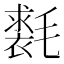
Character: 𣰐